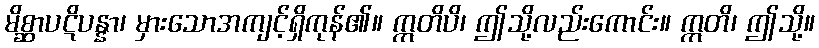
မိစ္ဆာပဋိပန္နာ၊ မှားသောအကျင့်ရှိကုန်၏။ ဣတိပိ၊ ဤသို့လည်းကောင်း။ ဣတိ၊ ဤသို့။